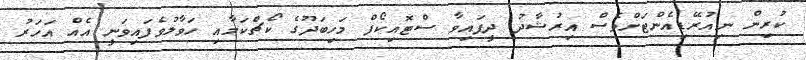
ކުރިން ނިއުރޭޑިއެންޓަށްވެސް އިރުޝާދު ދީފައިވާ ސްޓޮއިކޯފް މަހިބަދޫގެ ކޯޗްކަމާއި ހަވާލުވެފައިވަނީ އެއް އަހަރު